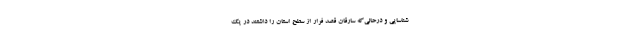
شناسایی و درحالی‌که سارقان قصد فرار از سطح استان را داشتند در یک